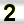
Digit: 2